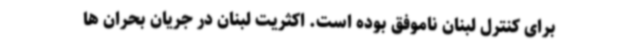
برای کنترل لبنان ناموفق بوده است. اکثریت لبنان در جریان بحران ها